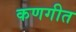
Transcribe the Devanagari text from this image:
कणगीत